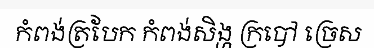
កំពង់ត្របែក កំពង់សិង្ហ ក្របៅ ច្រេស